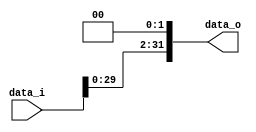
//Subject:      CO project 2 - Shift_Left_Two_32
//--------------------------------------------------------------------------------
//Version:     1
//--------------------------------------------------------------------------------
//Description: 
//--------------------------------------------------------------------------------

module Shift_Left_Two_32(
    data_i,
    data_o
);

//I/O ports                    
input [32-1:0] data_i;
output [32-1:0] data_o;

//shift left 2
assign data_o = data_i << 2;


endmodule

/*
module stimulus;

reg[32-1: 0] in;
wire[32-1: 0] out;

Shift_Left_Two_32 sl2(in, out);

initial
begin
	in = 31;
	#1 $display("%b %b", in, out);
	

	in = 16;
	#1 $display("%b %b", in, out);
end

endmodule
*/